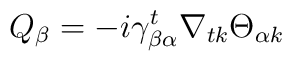
Q_\beta = -i\gamma^t_{\beta\alpha}\nabla_{tk}\Theta_{\alpha k}